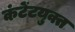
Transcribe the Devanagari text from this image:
कंटेंटयुक्त